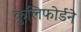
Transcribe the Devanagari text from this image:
कुलिफोर्डने